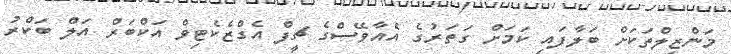
މަންޒިލްތަކަށް ބަލާފައި ކަމަށް ގަތަރުގެ އެއާވޭސްގެ ޗީފް އެގްޒެކެޓިވް އަކްބަރް އަލް ބަކްރު